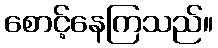
စောင့်နေကြသည်။